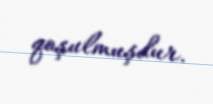
qoşulmuşdur.